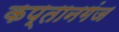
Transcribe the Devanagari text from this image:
कप्‍तानगंज